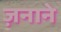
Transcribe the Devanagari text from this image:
ज़नाने